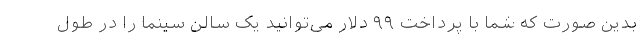
بدین صورت که شما با پرداخت ۹۹ دلار می‌توانید یک سالن سینما را در طول